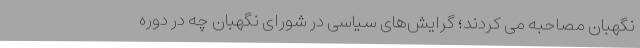
نگهبان مصاحبه می کردند؛ گرایش‌های سیاسی در شورای نگهبان چه در دوره